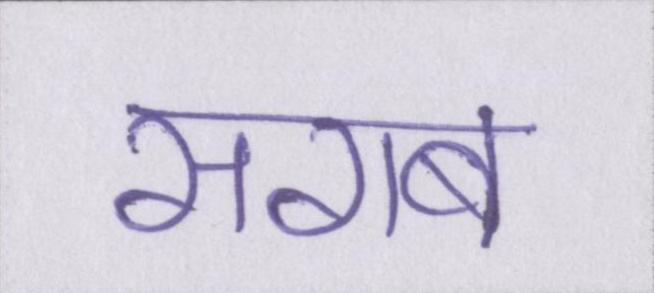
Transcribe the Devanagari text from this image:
सराब